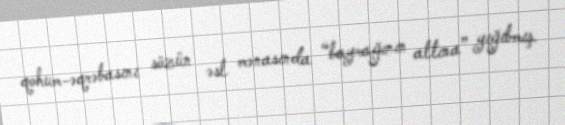
qohum-əqrəbasını sözün əsl mənasında “bayrağının altına” yığıbmış.